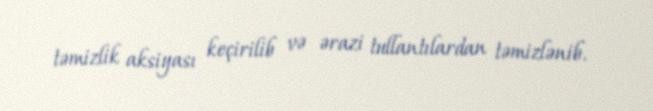
təmizlik aksiyası keçirilib və ərazi tullantılardan təmizlənib.